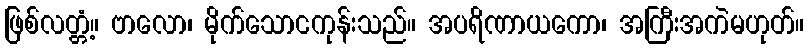
ဖြစ်လတ္တံ့။ ဗာလော၊ မိုက်သောငကုန်းသည်။ အပရိဏာယကော၊ အကြီးအကဲမဟုတ်။